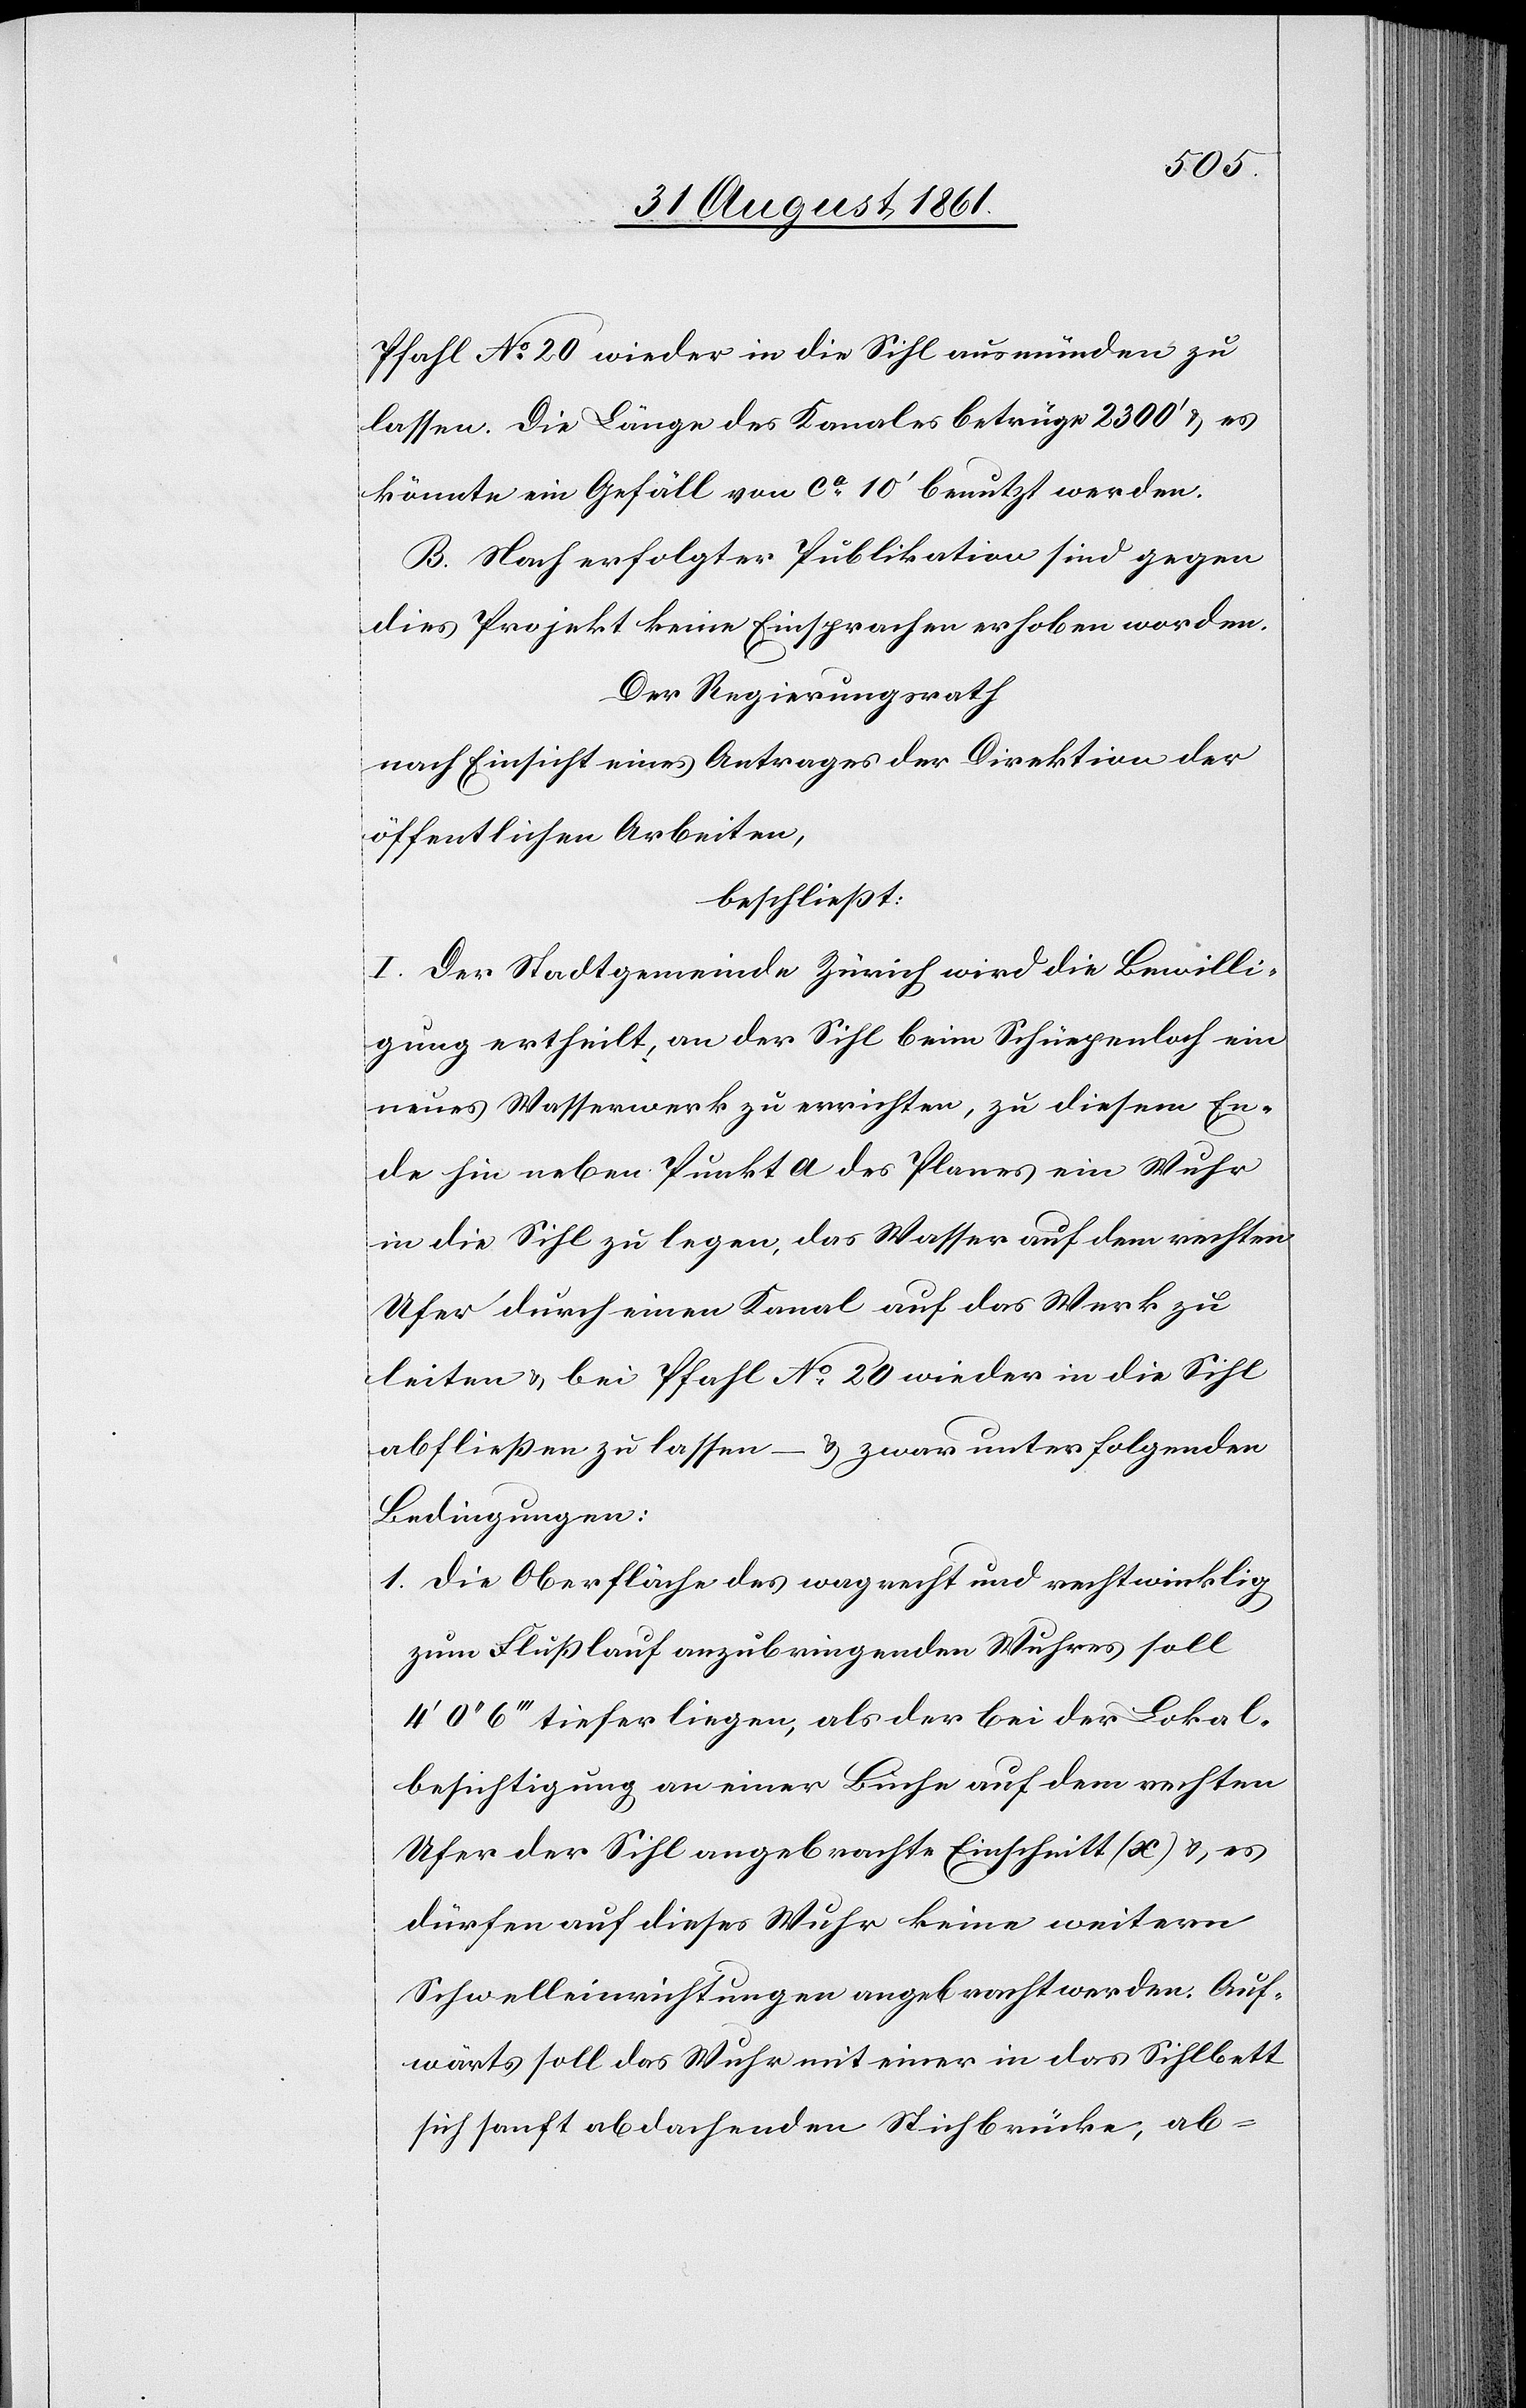
Pfahl N° 20 wieder in die Sihl ausmünden zu
lassen. Die Länge des Kanales betrüge 2300’ u. es
könnte ein Gefäll von ca 10’ benutzt werden.
B. Nach erfolgter Publikation sind gegen
dies Projekt keine Einsprachen erhoben worden.
Der Regierungsrath,
nach Einsicht eines Antrages der Direktion der
öffentlichen Arbeiten,
beschließt:
I. Der Stadtgemeinde Zürich wird die Bewilli¬
gung ertheilt, an der Sihl beim Schüepenloch ein
neues Wasserwerk zu errichten, zu diesem En¬
de hin neben Punkt a des Planes ein Wuhr
in die Sihl zu legen, das Wasser auf dem rechten
Ufer durch einen Kanal auf das Werk zu
leiten u. bei Pfahl N° 20 wieder in die Sihl
abfließen zu lassen – u. zwar unter folgenden
Bedingungen:
1. Die Oberfläche des wagrecht und rechtwinklig
zum Flußlauf anzubringenden Wuhres soll
0‘‘ 6‘‘‘ tiefer liegen, als der bei der Lokal¬
besichtigung an einer Buche auf dem rechten
Ufer der Sihl angebrachte Einschnitt (x) u. es
dürfen auf dieses Wuhr keine weitern
Schwelleinrichtungen angebracht werden. Auf¬
wärts soll das Wuhr mit einer in das Sihlbett
sich sonst abdachenden Stichbrücke, ab-